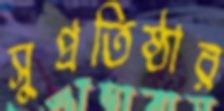
সুপ্রতিষ্ঠার